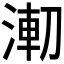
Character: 𰜌